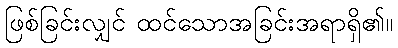
ဖြစ်ခြင်းလျှင် ထင်သောအခြင်းအရာရှိ၏။